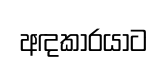
අඳකාරයාට